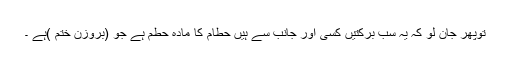
توپھر جان لو کہ یہ سب برکتیں کسی اور جانب سے ہیں حطام کا مادّہ حطم ہے جو (بروزن ختم )ہے ۔